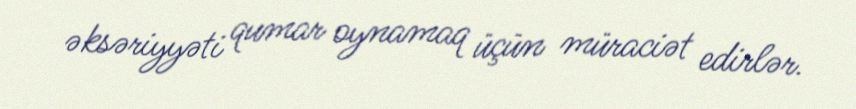
əksəriyyəti qumar oynamaq üçün müraciət edirlər.